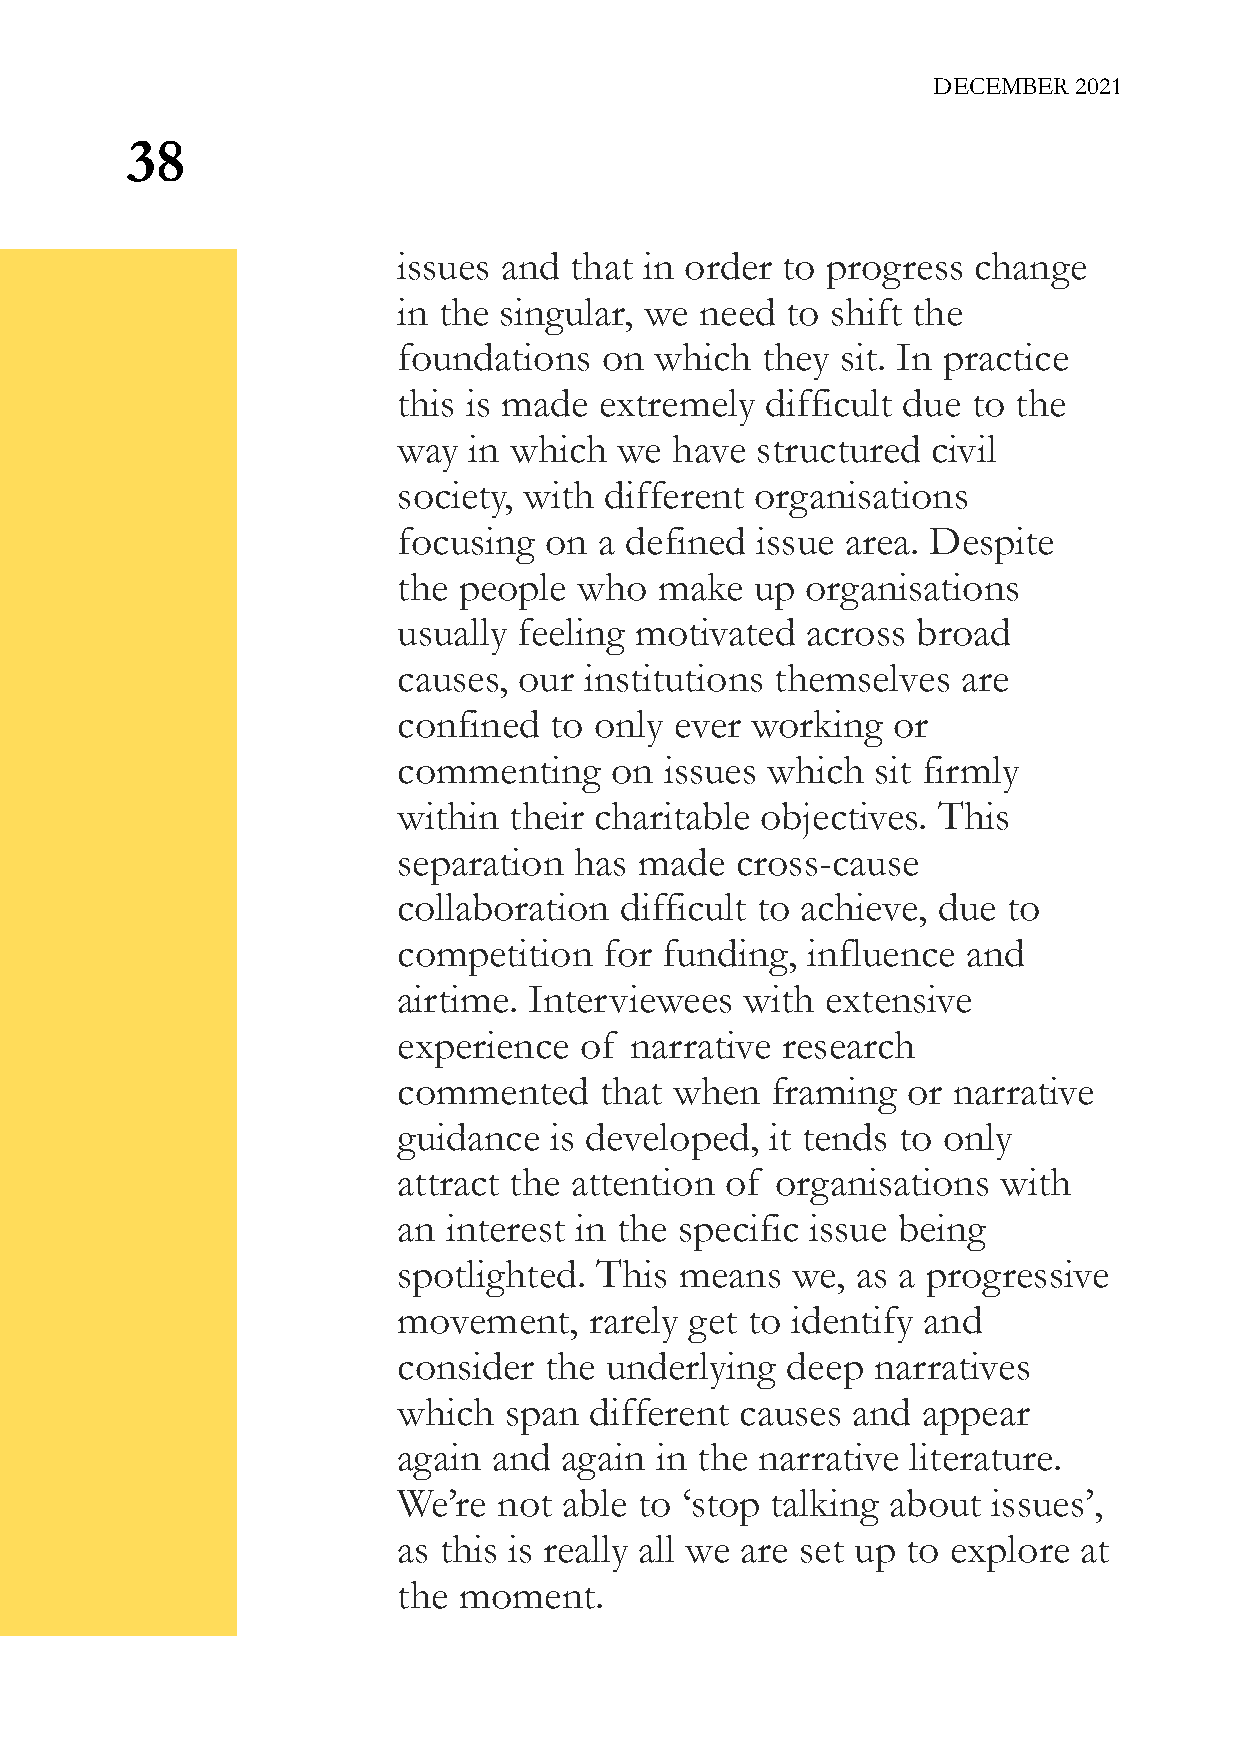
DECEMBER 2021
 38
 issues and  that in order to progress change
 in the singular, we need  to shift the
 foundations   on which  they  sit. In practice
 this is made  extremely  difficult due to the
 way  in which  we have  structured  civil
 society, with different organisations
 focusing  on  a defined issue area. Despite
 the people  who   make  up organisations
 usually feeling motivated  across  broad
 causes, our  institutions themselves  are
 confined  to only  ever working  or
 commenting    on  issues which  sit firmly
 within  their charitable objectives. This
 separation  has made   cross-cause
 collaboration  difficult to achieve, due to
 competition   for funding, influence  and
 airtime. Interviewees  with  extensive
 experience  of  narrative research
 commented     that when  framing  or narrative
 guidance  is developed,  it tends to only
 attract the attention of organisations  with
 an  interest in the specific issue being
 spotlighted. This  means  we,  as a progressive
 movement,    rarely get to identify and
 consider  the underlying  deep  narratives
 which  span  different causes and  appear
 again  and again in the narrative literature.
 We’re  not able to ‘stop talking about  issues’,
 as this is really all we are set up to explore at
 the moment.